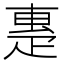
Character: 𤴝